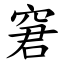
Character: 窘